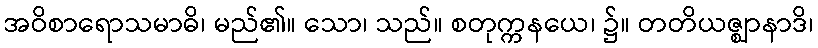
အဝိစာရောသမာဓိ၊ မည်၏။ သော၊ သည်။ စတုက္ကနယေ၊ ၌။ တတိယဇ္ဈာနာဒိ၊